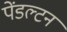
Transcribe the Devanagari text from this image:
पेंडल्टन